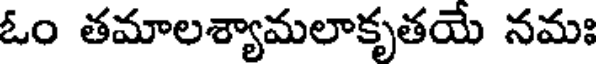
ఓం తమాలశ్యామలాకృతయే నమః